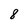
Character: 8